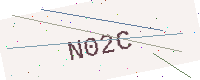
Text: N02C